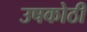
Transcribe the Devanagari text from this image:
उषकोठी